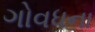
ગોવધના